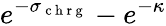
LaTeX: e^{-\sigma_{\mathrm{~c~h~r~g~}}}-e^{-\kappa}